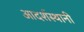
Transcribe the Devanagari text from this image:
आदर्शस्थानी